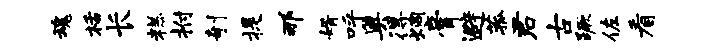
魂栝长糕拊剞提那婿呼奥得炯膏避菰君古蹶佐看